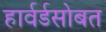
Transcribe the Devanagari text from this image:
हार्वर्डसोबत